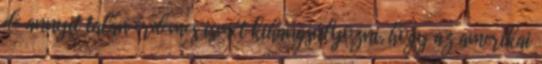
de annyit talán érdemes ismét kihangsúlyozni, hogy az amerikai